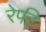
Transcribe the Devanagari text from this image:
रेफी